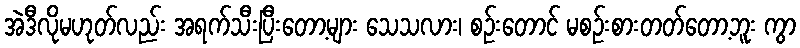
အဲဒီလိုမဟုတ်လည်း အရက်သီးပြီးတော့များ သေသလား၊ စဉ်းတောင် မစဉ်းစားတတ်တော့ဘူး ကွာ